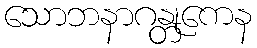
သောဘနာဂန္တုကေန